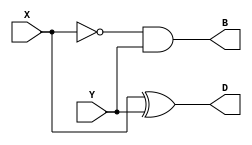
`timescale 1ns / 1ps
//////////////////////////////////////////////////////////////////////////////////
// Company: 
// Engineer: 
// 
// Design Name: 
// Module Name: Half_Subtractor
// Project Name: 
// Target Devices: 
// Tool Versions: 
// Description: 
// 
// Dependencies: 
// 
// Revision:
// Revision 0.01 - File Created
// Additional Comments:
// 
//////////////////////////////////////////////////////////////////////////////////


module Half_Subtractor(output D, B, input X, Y );
assign D = X ^ Y;
assign B = ~X & Y;
endmodule